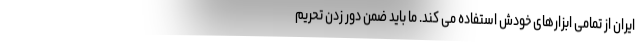
ایران از تمامی ابزارهای خودش استفاده می کند. ما باید ضمن دور زدن تحریم